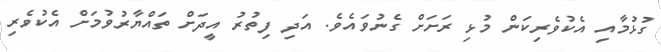
ގުޅުމާއި އެކުވެރިކަން މުޅި ރަށަށް ގެނުވައެވެ. އަދި ފިތުރު އީދަށް ތައްޔާރުވުމަށް އެކުވެރި